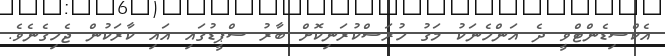
އެކްސިޑެންޓްވީ ދެ އަންހެނަކު މަގު ހުރަސްކުރަނިކޮށް ބާރު ސްޕީޑުގައި އައި ކާރަކުން ޖެހިގެނެވެ.